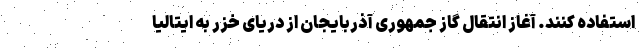
استفاده کنند. آغاز انتقال گاز جمهوری آذربایجان از دریای خزر به ایتالیا